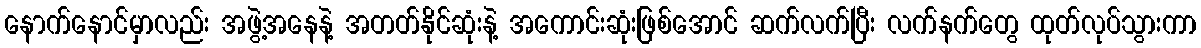
နောက်နောင်မှာလည်း အဖွဲ့အနေနဲ့ အတတ်နိုင်ဆုံးနဲ့ အကောင်းဆုံးဖြစ်အောင် ဆက်လက်ပြီး လက်နက်တွေ ထုတ်လုပ်သွားကာ